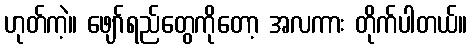
ဟုတ်ကဲ့။ ဖျော်ရည်တွေကိုတော့ အလကား တိုက်ပါတယ်။